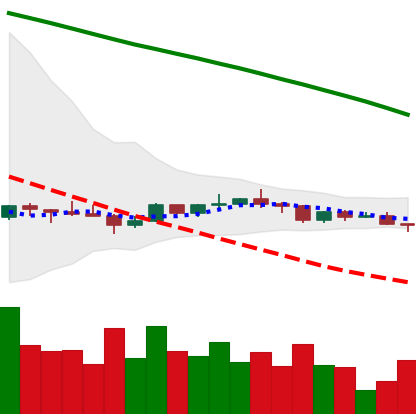
Ticker: ADA-USD
Chart end date: 2022-12-12
Forward return: -13.047%
Label: down_7plus